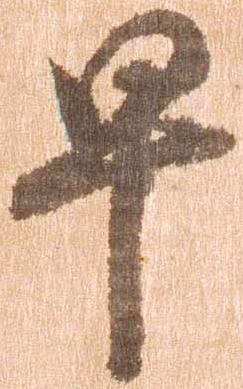
早